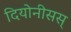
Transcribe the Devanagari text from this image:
दियोनीसस्